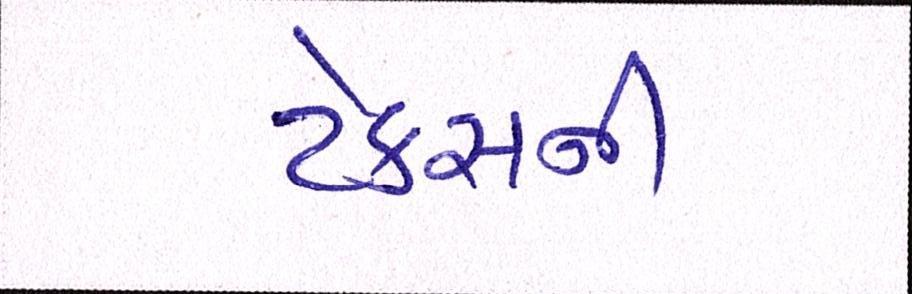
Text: ટેકસની